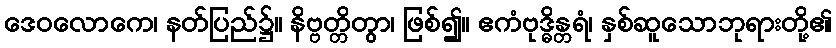
ဒေဝလောကေ၊ နတ်ပြည်၌။ နိဗ္ဗတ္တိတွာ၊ ဖြစ်၍။ ဧကံဗုဒ္ဓိန္တရံ၊ နှစ်ဆူသောဘုရားတို့၏